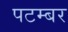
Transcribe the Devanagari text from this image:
पटम्‍बर